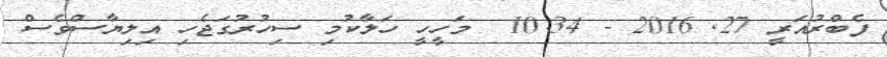
ފެބްރުއަރީ 27